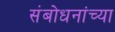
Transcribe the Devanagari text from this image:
संबोधनांच्या